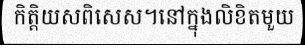
កិត្តិយសពិសេស។នៅក្នុងលិខិតមួយ